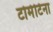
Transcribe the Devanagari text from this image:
टोमेटिना